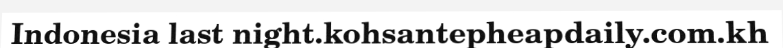
Indonesia last night.kohsantepheapdaily.com.kh